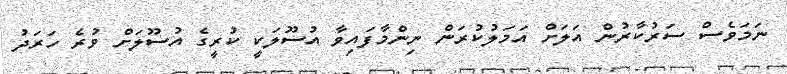
ނަމަވެސް ސަރުކާރުން އަލަށް އަމަލުކުރަން ނިންމާފައިވާ އުސޫލަކީ ކުރީގެ އުސޫލަށް ވުރެ ހަރަދު